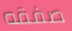
صفقه